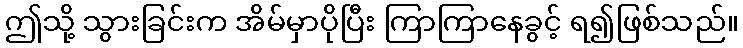
ဤသို့ သွားခြင်းက အိမ်မှာပိုပြီး ကြာကြာနေခွင့် ရ၍ဖြစ်သည်။